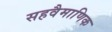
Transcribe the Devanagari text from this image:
सहवैमाणिक